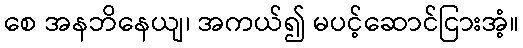
စေ အနဘိနေယျ၊ အကယ်၍ မပင့်ဆောင်ငြားအံ့။